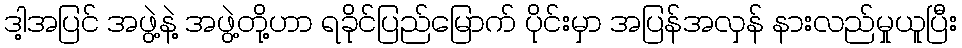
ဒါ့အပြင် အဖွဲ့နဲ့ အဖွဲ့တို့ဟာ ရခိုင်ပြည်မြောက် ပိုင်းမှာ အပြန်အလှန် နားလည်မှုယူပြီး